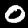
Label: 0